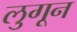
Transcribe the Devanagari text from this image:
लुगून